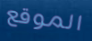
الموقع